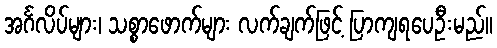
အင်္ဂလိပ်များ၊ သစ္စာဖောက်များ လက်ချက်ဖြင့် ပြာကျရပေဦးမည်။